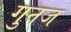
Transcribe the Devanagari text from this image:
गुनज